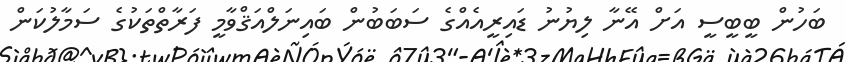
ބަހުން ބީބީސީ އަށް އޭނާ ލިޔުނު ޑައިރީއެއްގެ ސަބަބުން ބައިނަލްއަޤްވާމީ ފަރާތްތަކުގެ ސަމާލުކަން